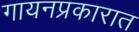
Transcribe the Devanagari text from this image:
गायनप्रकारात